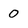
Character: 0